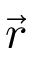
\vec { r }